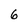
Character: 6